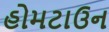
હોમટાઉન